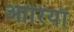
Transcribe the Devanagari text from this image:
आरियाँ